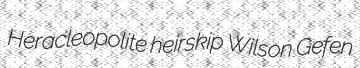
Heracleopolite heirskip Wilson Gefen